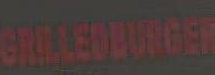
SMLEULMOST